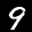
Label: 9